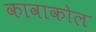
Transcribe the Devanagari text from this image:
कावाकोल